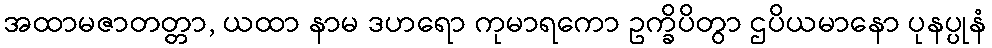
အထာမဇာတတ္တာ, ယထာ နာမ ဒဟရော ကုမာရကော ဥက္ခိပိတွာ ဌပိယမာနော ပုနပ္ပုနံ